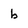
Character: b